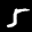
Label: 5